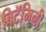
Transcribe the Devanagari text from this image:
बिटॅमिनी